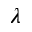
\lambda